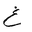
Letter: _gayn